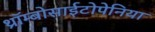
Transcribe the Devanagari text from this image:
थ्रॉम्बोसाईटोपेनिया